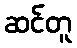
ဆင်တူ